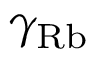
\gamma _ { \mathrm { R b } }